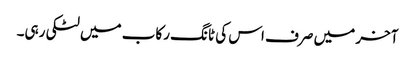
آخر میں صرف اس کی ٹانگ رکاب میں لٹکی رہی۔